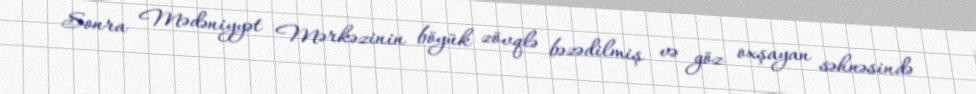
Sonra Mədəniyyət Mərkəzinin böyük zövqlə bəzədilmiş və göz oxşayan səhnəsində